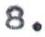
8.